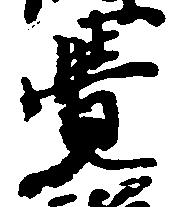
覚